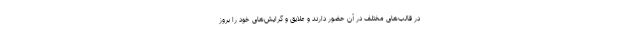
در قالب‌های مختلف در آن حضور دارند و علایق و گرایش‌های خود را بروز